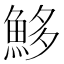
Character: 𩶰